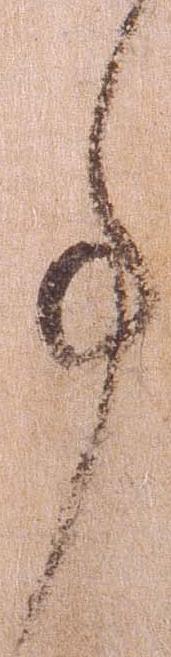
事